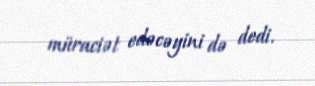
müraciət edəcəyini də dedi.